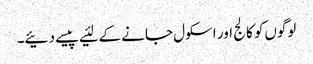
لوگوں‌کو کالج اور اسکول جانے کے لئیے پیسے دئیے۔